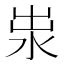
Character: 𱦄